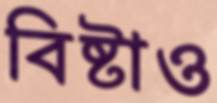
বিষ্টাও